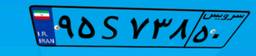
۹۵S۷۳۸۵۰